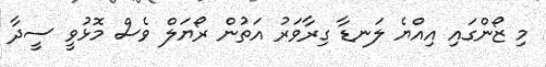
މި ޒޯންގައި އިއްޔެ ލަނޑާ ގިރާވަރު އަތުން ރޯޔަލް ވެސް މޮޅުވީ ސީދާ